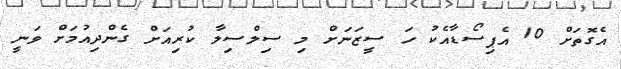
އެގޮތަށް 10 އެޕިސޯޑާއެކު ހަ ސީޒަނަށް މި ސިލްސިލާ ކުރިއަށް ގެންދިއުމަށް ވަނީ